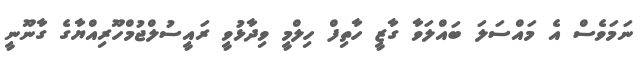
ނަމަވެސް އެ މައްސަލަ ބައްލަވާ ގާޒީ ހާތިފް ހިލްމީ ވިދާޅުވީ ރައީސުލްޖުމްހޫރިއްޔާގެ ގާނޫނީ